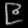
Digit: ၉